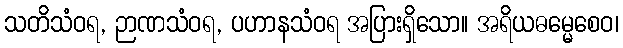
သတိသံဝရ, ဉာဏသံဝရ, ပဟာနသံဝရ အပြားရှိသော။ အရိယဓမ္မေစေဝ၊